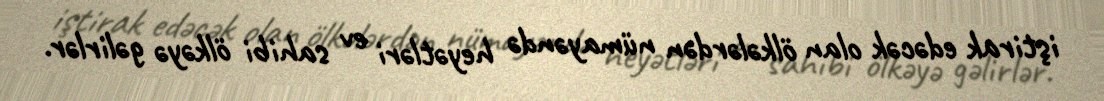
iştirak edəcək olan ölkələrdən nümayəndə heyətləri ev sahibi ölkəyə gəlirlər.